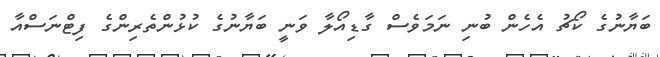
ބަޔާނުގެ ކޯޗު އެހެން ބުނި ނަމަވެސް ގާޑިއޯލާ ވަނީ ބަޔާނުގެ ކުޅުންތެރިންގެ ފިޓްނަސްއާ